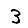
Digit: 3